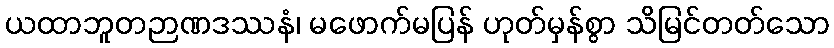
ယထာဘူတဉာဏဒဿနံ၊ မဖောက်မပြန် ဟုတ်မှန်စွာ သိမြင်တတ်သော